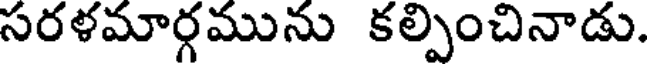
సరళమార్గమును కల్పించినాడు.